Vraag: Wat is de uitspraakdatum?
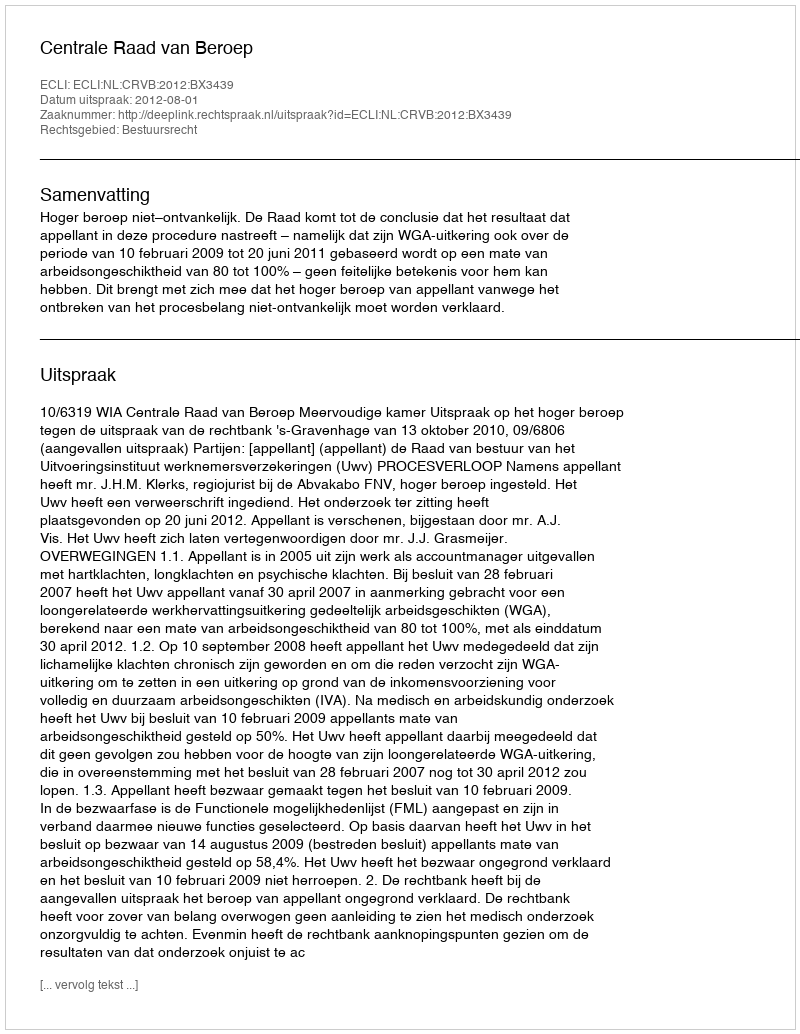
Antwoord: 2012-08-01